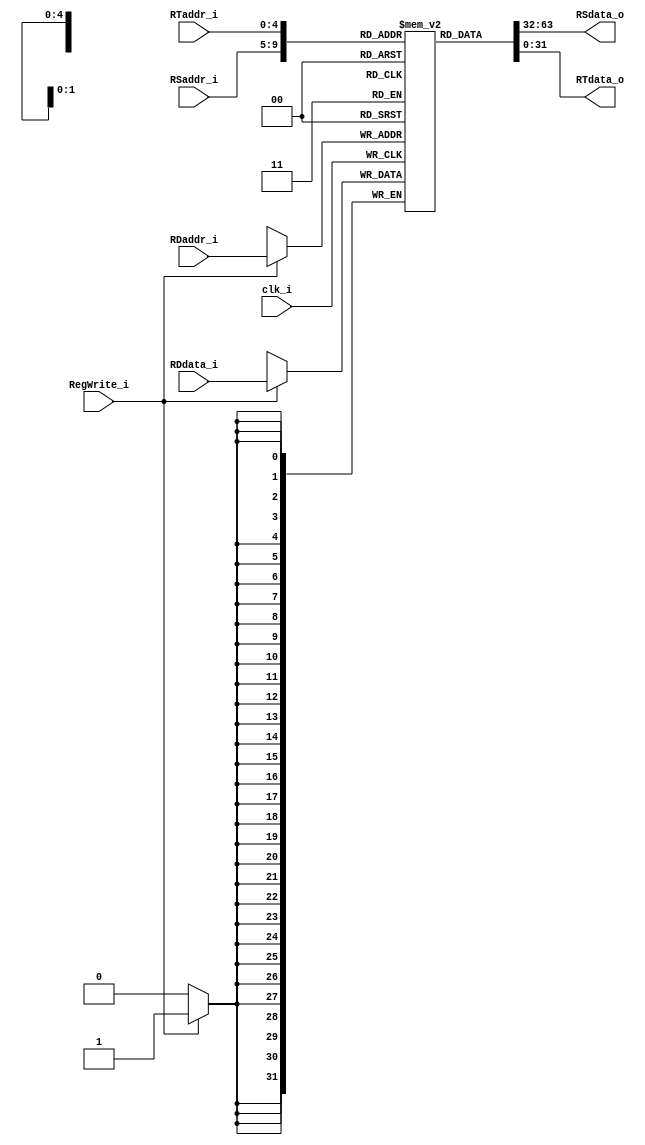
module Registers
(
    clk_i,
    RSaddr_i,
    RTaddr_i,
    RDaddr_i, 
    RDdata_i,
    RegWrite_i, 
    RSdata_o, 
    RTdata_o 
);

// Ports
input               clk_i;
input   [4:0]       RSaddr_i;
input   [4:0]       RTaddr_i;
input   [4:0]       RDaddr_i;
input   [31:0]      RDdata_i;
input               RegWrite_i;
output reg [31:0]      RSdata_o; 
output reg [31:0]      RTdata_o;

// Register File
reg     [31:0]      register        [0:31];

// Read Data      
always@(*) begin
  RSdata_o = register[RSaddr_i];
  RTdata_o = register[RTaddr_i];
end

// Write Data   
always@(negedge clk_i) begin
    if(RegWrite_i)
        register[RDaddr_i] <= RDdata_i;
end
   
endmodule